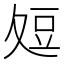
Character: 𭐞